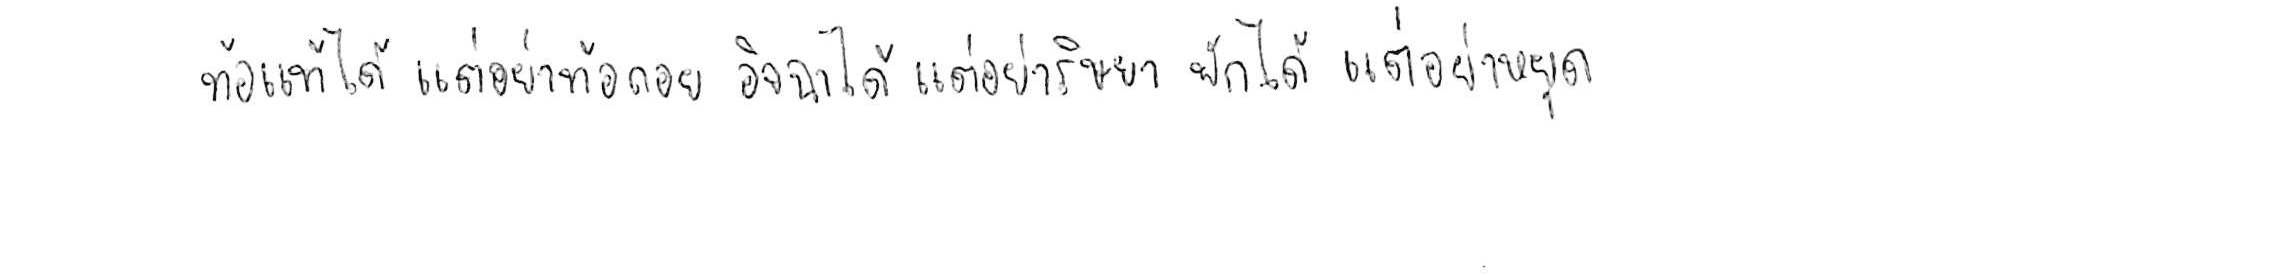
ท้อแท้ได้ แต่อย่าท้อถอย อิจฉาได้ แต่อย่าริษยา พักได้ แต่อย่าหยุด